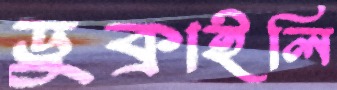
ডুক্‌রাইলি